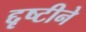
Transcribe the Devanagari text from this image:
द्दृष्टीने